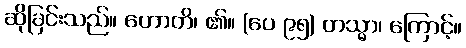
ဆိုခြင်းသည်။ ဟောတိ၊ ၏။ (ပေ ၉၅) တသ္မာ၊ ကြောင့်။